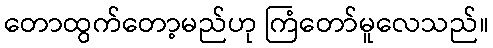
တောထွက်တော့မည်ဟု ကြံတော်မူလေသည်။